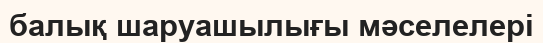
балық шаруашылығы мәселелері